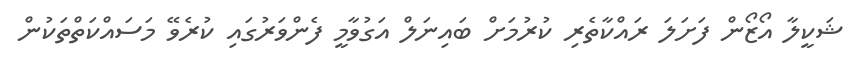
ޝަކީލާ އޯޒޯން ފަށަލަ ރައްކާތެރި ކުރުމަށް ބައިނަލް އަގުވާމީ ފެންވަރުގައި ކުރެވޭ މަސައްކަތްތަކުން